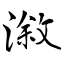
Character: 漵